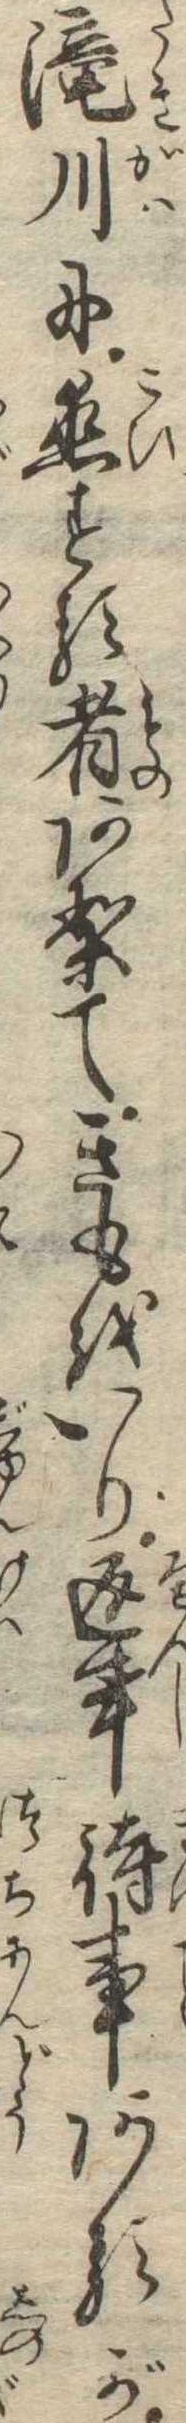
滝川に恋する者ありてきもをいり返事待事あるが